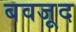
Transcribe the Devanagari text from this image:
बवजूद